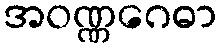
အဝဏ္ဏဂေဓာ